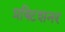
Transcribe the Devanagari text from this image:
प्रक्टिशनर